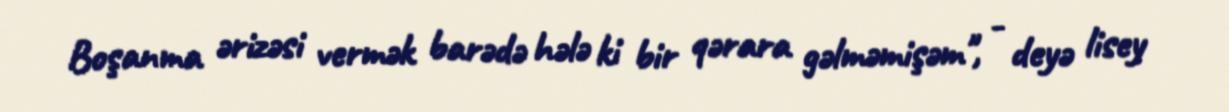
Boşanma ərizəsi vermək barədə hələ ki bir qərara gəlməmişəm", - deyə lisey